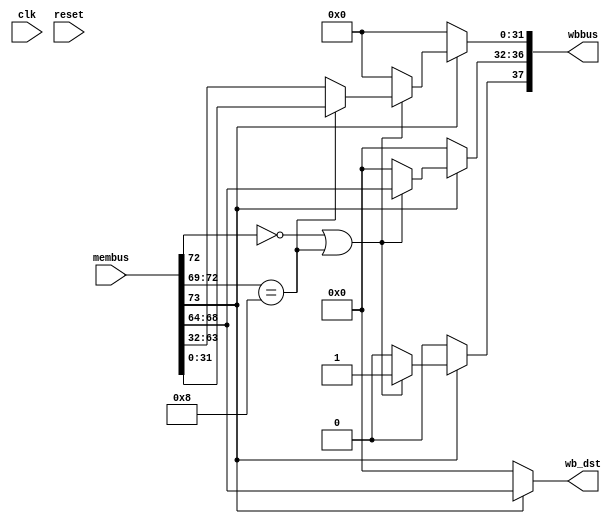
module wb_stage(clk, reset, membus, wbbus, wb_dst);
  input clk, reset;
  input [73:0] membus;
  output [37:0] wbbus;
  output [4:0] wb_dst;
  
  reg [37:0] wbbus;
  reg [4:0] wb_dst;
  
  wire membus_valid;
  wire [3:0] membus_op;
  wire [5:0] membus_dst;
  wire [31:0] membus_res;
  wire [31:0] membus_memres;
  
  reg wbbus_valid;
  reg [4:0] wbbus_dst;
  reg [31:0] wbbus_data;
  
  assign membus_valid = membus[73];
  assign membus_op = membus[72:69];
  assign membus_dst = membus[68:64];
  assign membus_res = membus[63:32];
  assign membus_memres = membus[31:0];
  
  always @(*) begin
    if (membus_valid)
      wb_dst <= membus_dst;
    else
      wb_dst <= 0;
  end
  
  always @(*) begin
    wbbus_valid <= 0;
    wbbus_dst <= 0;
    wbbus_data <= 0;
    if (membus_valid) begin
      if ((membus_op[3]==1'b0)||(membus_op==4'b1000)) begin
        wbbus_valid <= 1'b1;
        wbbus_dst <= membus_dst;
        wbbus_data <= (membus_op==4'b1000)? membus_memres:membus_res;
      end
    end
  end
  
  always @(*) begin
    wbbus[37] <= wbbus_valid;
    wbbus[36:32] <= wbbus_dst;
    wbbus[31:0] <= wbbus_data;
  end
  
endmodule